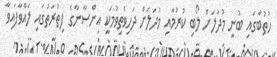
ހުތުބާގައި ބުނީ މުދަލަށް ލޯބި ކުރުމާއި މުދަލަށް ދަހިވެތިވުމަކީ އިންސާނާގެ ފިތުރަތުގައި ލައްވާފައިވާ